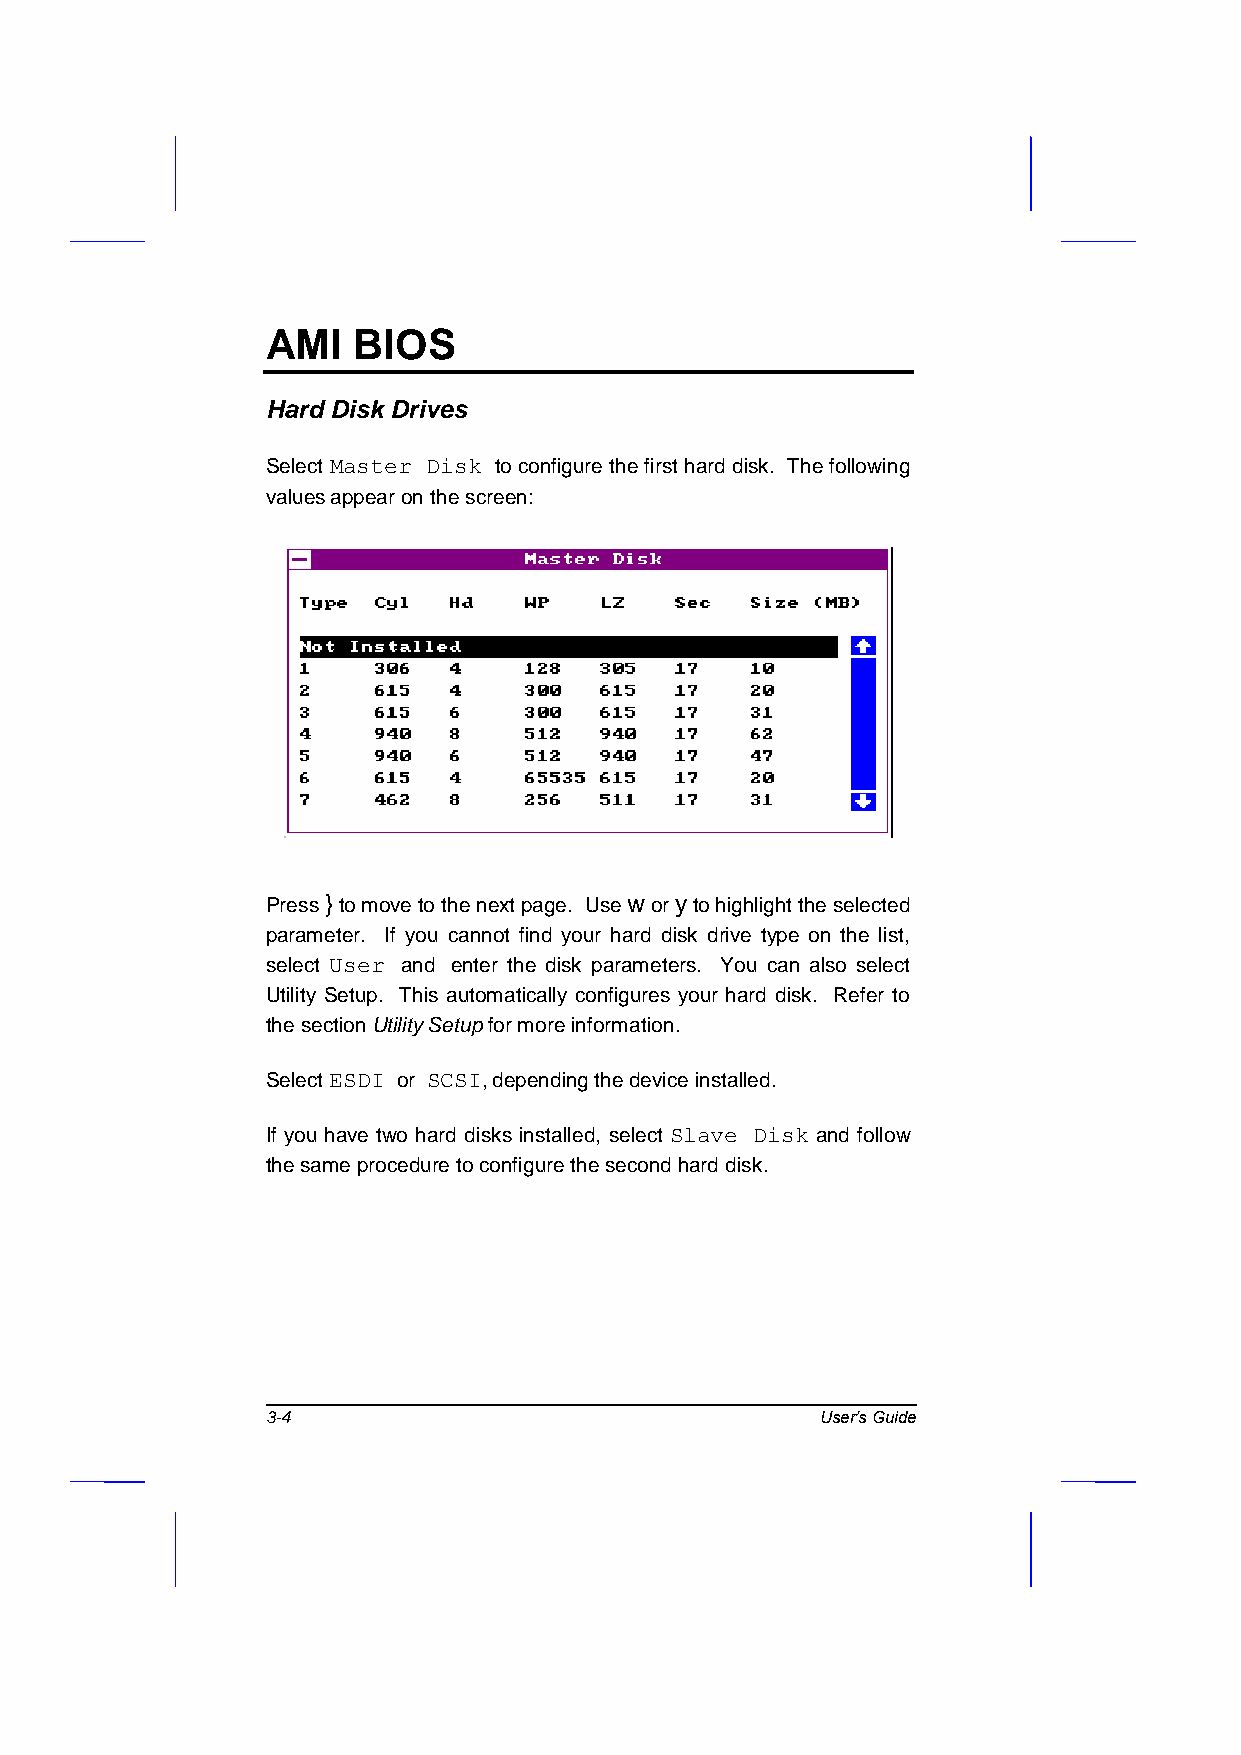
AMI  BIOS
 Hard Disk Drives
 Select Master Disk to configure the first hard disk. The following
 values appear on the screen:
 Press } to move to the next page. Use w or y to highlight the selected
 parameter. If you cannot find your hard disk drive type on the list,
 select User and enter the disk parameters. You can also select
 Utility Setup. This automatically configures your hard disk. Refer to
 the section Utility Setup for more information.
 Select ESDI or SCSI, depending the device installed.
 If you have two hard disks installed, select Slave Disk and follow
 the same procedure to configure the second hard disk.
 3-4                                 User’s Guide